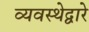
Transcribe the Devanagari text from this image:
व्यवस्थेद्वारे